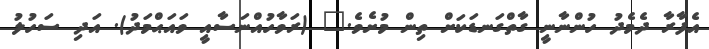
އެފާރާ ދެމެދު ހުންނާނީ ގާތްގަނޑަކަށް ތިން މުށެވެ." (ރަވާހުއްނަސާއީ ވައަޙްމަދު). އަދި ސަހުލު